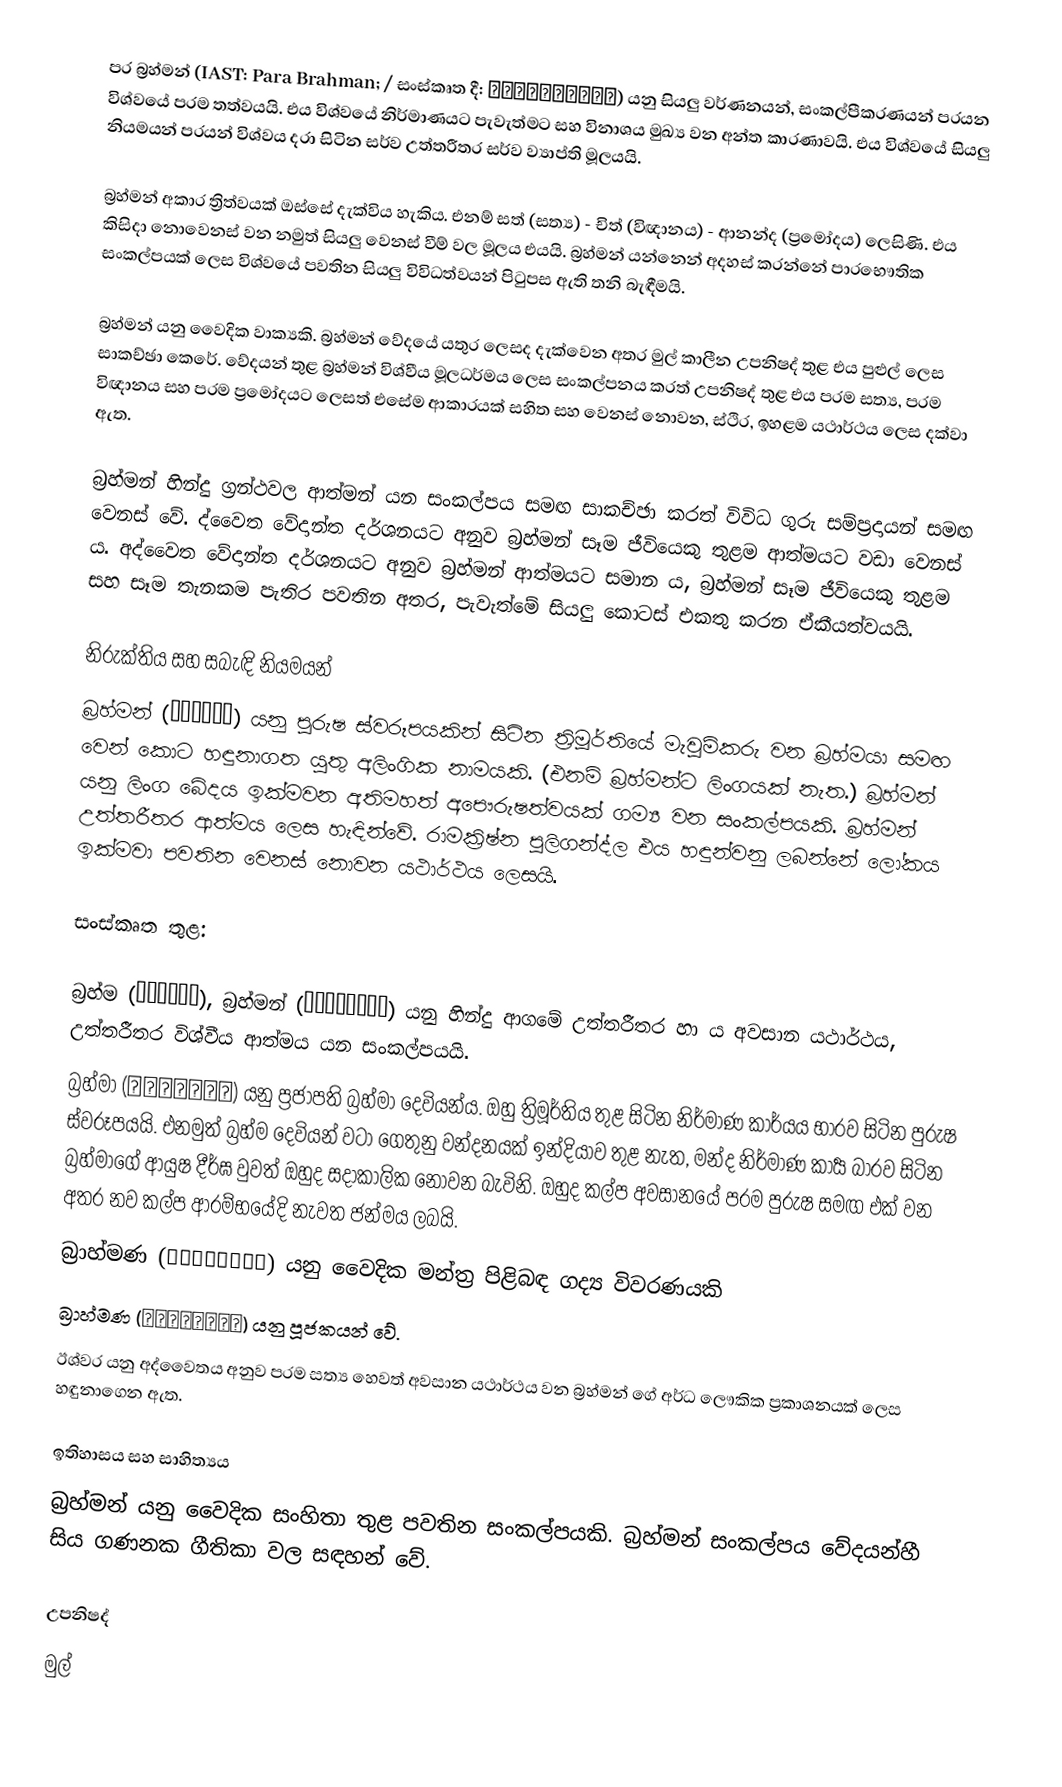
පර බ්‍රහ්මන් (IAST: Para Brahman; / සංස්කෘත දී: परब्रह्मन्) යනු සියලු වර්ණනයන්, සංකල්පීකරණයන් පරයන විශ්වයේ පරම තත්වයයි. එය විශ්වයේ නිර්මාණයට පැවැත්මට සහ විනාශය මුඛ්‍ය වන අන්ත කාරණාවයි. එය විශ්වයේ සියලු නියමයන් පරයන් විශ්වය දරා සිටින සර්ව උත්තරීතර සර්ව ව්‍යාප්ති මූලයයි.

බ්‍රහ්මන් අකාර ත්‍රිත්වයක් ඔස්සේ දැක්විය හැකිය. එනම් සත් (සත්‍ය) - චිත් (විඥානය) - ආනන්ද (ප්‍රමෝදය) ලෙසිණි. එය කිසිදා නොවෙනස් වන නමුත් සියලු වෙනස් වීම් වල මූලය එයයි. බ්‍රහ්මන් යන්නෙන් අදහස් කරන්නේ පාරභෞතික සංකල්පයක් ලෙස විශ්වයේ පවතින සියලු විවිධත්වයන් පිටුපස ඇති තනි බැඳීමයි.

බ්‍රහ්මන් යනු වෛදික වාක්‍යකි. බ්‍රහ්මන් වේදයේ යතුර ලෙසද දැක්වෙන අතර මුල් කාලීන උපනිෂද් තුළ එය පුළුල් ලෙස සාකච්ඡා කෙරේ. වේදයන් තුළ බ්‍රහ්මන් විශ්වීය මූලධර්මය ලෙස සංකල්පනය කරත්  උපනිෂද් තුළ එය පරම සත්‍ය, පරම විඥානය සහ පරම ප්‍රමෝදයට ලෙසත් එසේම ආකාරයක් සහිත සහ වෙනස් නොවන, ස්ථිර, ඉහළම යථාර්ථය ලෙස දක්වා ඇත.

බ්‍රහ්මන් හින්දු ග්‍රන්ථවල ආත්මන් යන සංකල්පය සමඟ සාකච්ඡා කරත් විවිධ ගුරු සම්ප්‍රදායන් සමඟ වෙනස් වේ. ද්වෛත වේදාන්ත දර්ශනයට අනුව බ්‍රහ්මන් සෑම ජීවියෙකු තුළම ආත්මයට වඩා වෙනස් ය. අද්වෛත වේදාන්ත දර්ශනයට අනුව බ්‍රහ්මන් ආත්මයට සමාන ය, බ්‍රහ්මන් සෑම ජීවියෙකු තුළම සහ සෑම තැනකම පැතිර පවතින අතර, පැවැත්මේ සියලු කොටස් එකතු කරන ඒකීයත්වයයි.

නිරුක්තිය සහ සබැඳි නියමයන්
බ්‍රහ්මන් (ब्रह्म) යනු පුරුෂ ස්වරූපයකින් සිටින ත්‍රිමූර්තියේ මැවුම්කරු වන බ්‍රහ්මයා සමඟ වෙන් කොට හඳුනාගත යුතු අලිංගික නාමයකි. (එනම් බ්‍රහ්මන්ට ලිංගයක් නැත.) බ්‍රහ්මන් යනු ලිංග බේදය ඉක්මවන අතිමහත් අපෞරුෂත්වයක් ගම්‍ය වන සංකල්පයකි.  බ්‍රහ්මන් උත්තරීතර ආත්මය ලෙස හැඳින්වේ. රාමක්‍රිෂ්න පුලිගන්ද්ල එය හඳුන්වනු ලබන්නේ ලෝකය ඉක්මවා පවතින වෙනස් නොවන යථාර්ථය ලෙසයි.

සංස්කෘත තුළ:

 බ්‍රහ්ම (ब्रह्म), බ්‍රහ්මන් (ब्रह्मन्) යනු  හින්දු ආගමේ උත්තරීතර හා ය අවසාන යථාර්ථය, උත්තරීතර විශ්වීය ආත්මය යන සංකල්පයයි.
 බ්‍රහ්මා (ब्रह्मा) යනු ප්‍රජාපති බ්‍රහ්මා දෙවියන්ය. ඔහු ත්‍රිමූර්තිය තුළ සිටින නිර්මාණ කාර්යය භාරව සිටින පුරුෂ ස්වරූපයයි. එනමුත් බ්‍රහ්ම දෙවියන් වටා ගෙතුනු වන්දනයක් ඉන්දියාව තුළ නැත, මන්ද නිර්මාණ කාර්‍ය බාරව සිටින බ්‍රහ්මාගේ ආයුෂ දීර්ඝ වුවත් ඔහුද සදාකාලික නොවන බැවිනි. ඔහුද කල්ප අවසානයේ පරම පුරුෂ සමඟ එක් වන අතර නව කල්ප ආරම්භයේදි නැවත ජන්මය ලබයි.
බ්‍රාහ්මණ (ब्राह्मण) යනු වෛදික මන්ත්‍ර පිළිබඳ ගද්‍ය විවරණයකි
බ්‍රාහ්මණ (ब्राह्मण) යනු පූජකයන් වේ.
ඊශ්වර යනු අද්වෛතය අනුව පරම සත්‍ය හෙවත් අවසාන යථාර්ථය වන බ්‍රහ්මන් ගේ අර්ධ ලෞකික ප්‍රකාශනයක් ලෙස හඳුනාගෙන ඇත.

ඉතිහාසය සහ සාහිත්‍යය
බ්‍රහ්මන් යනු වෛදික සංහිතා තුළ පවතින සංකල්පයකි. බ්‍රහ්මන් සංකල්පය වේදයන්හී සිය ගණනක ගීතිකා වල සඳහන් වේ.

උපනිෂද්
මුල්